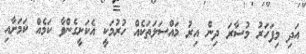
އަދި މިފަހަރު މުސާރަ ދިން އިރު މައްސަލަތަކެއް ހުރުމަކީ އެކަށީގެންވާ ކަމެއް ކަމަށާއި